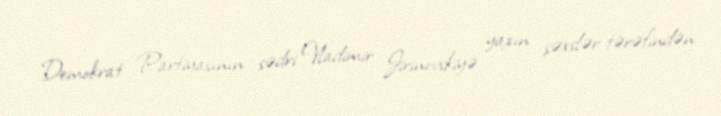
Demokrat Partiyasının sədri Vladimir Jirinovskiyə yaxın şəxslər tərəfindən